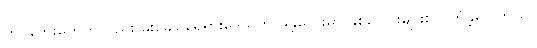
ကပ်ဘေးတွေကိုလည်း မိုးခေါင်ရေရှားဒေသက မန္တလေးမှာ နှစ်ပေါင်းများစွာ ကြုံခဲ့ရပါတယ်။